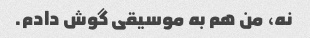
نه، من هم به موسیقی گوش دادم.